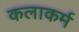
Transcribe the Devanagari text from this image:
कलाकर्म